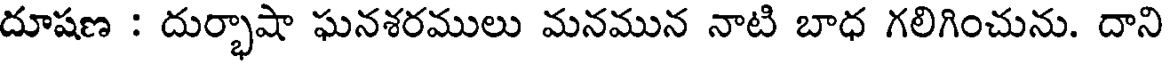
దూషణ : దుర్భాషా ఘనశరములు మనమున నాటి బాధ గలిగించును. దాని